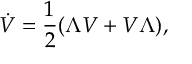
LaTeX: \dot { V } = \frac { 1 } { 2 } ( \Lambda V + V \Lambda ) ,